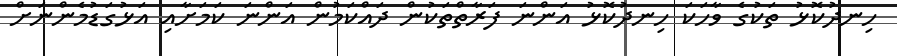
ހިނދުކޮޅު ތަކުގެ ވާހަކަ ހިނދުކޮޅު އަންނަ ފަރާތްތަކުން ދައްކަމުން އަންނަ ކަމަށާއި އަޅުގަޑުމެންނަށް